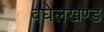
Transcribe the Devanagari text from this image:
वघेलखण्ड